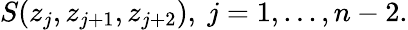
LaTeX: S(z_{j},z_{j+1},z_{j+2}),\ j=1,...,n-2.